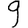
Digit: 9